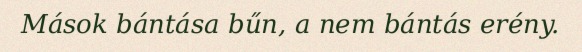
Mások bántása bűn, a nem bántás erény.